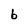
Character: b